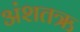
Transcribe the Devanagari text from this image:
अंशतऋ